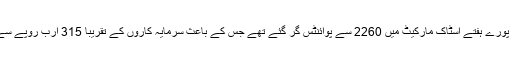
واضح رہے کہ گزشتہ پورے ہفتے اسٹاک مارکیٹ میں 2260 سے پوائنٹس گر گئے تھے جس کے باعث سرمایہ کاروں کے تقریباً 315 ارب روپے سے زائد ڈوب گئے تھے۔